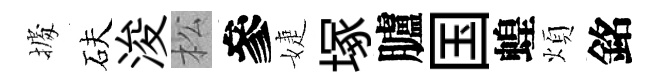
𢴃砆浚松參婕塚臚国蝗煩銘